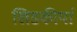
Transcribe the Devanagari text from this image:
खिडकीयां